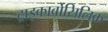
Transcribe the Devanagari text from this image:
ट्राइकार्बोसिलिक